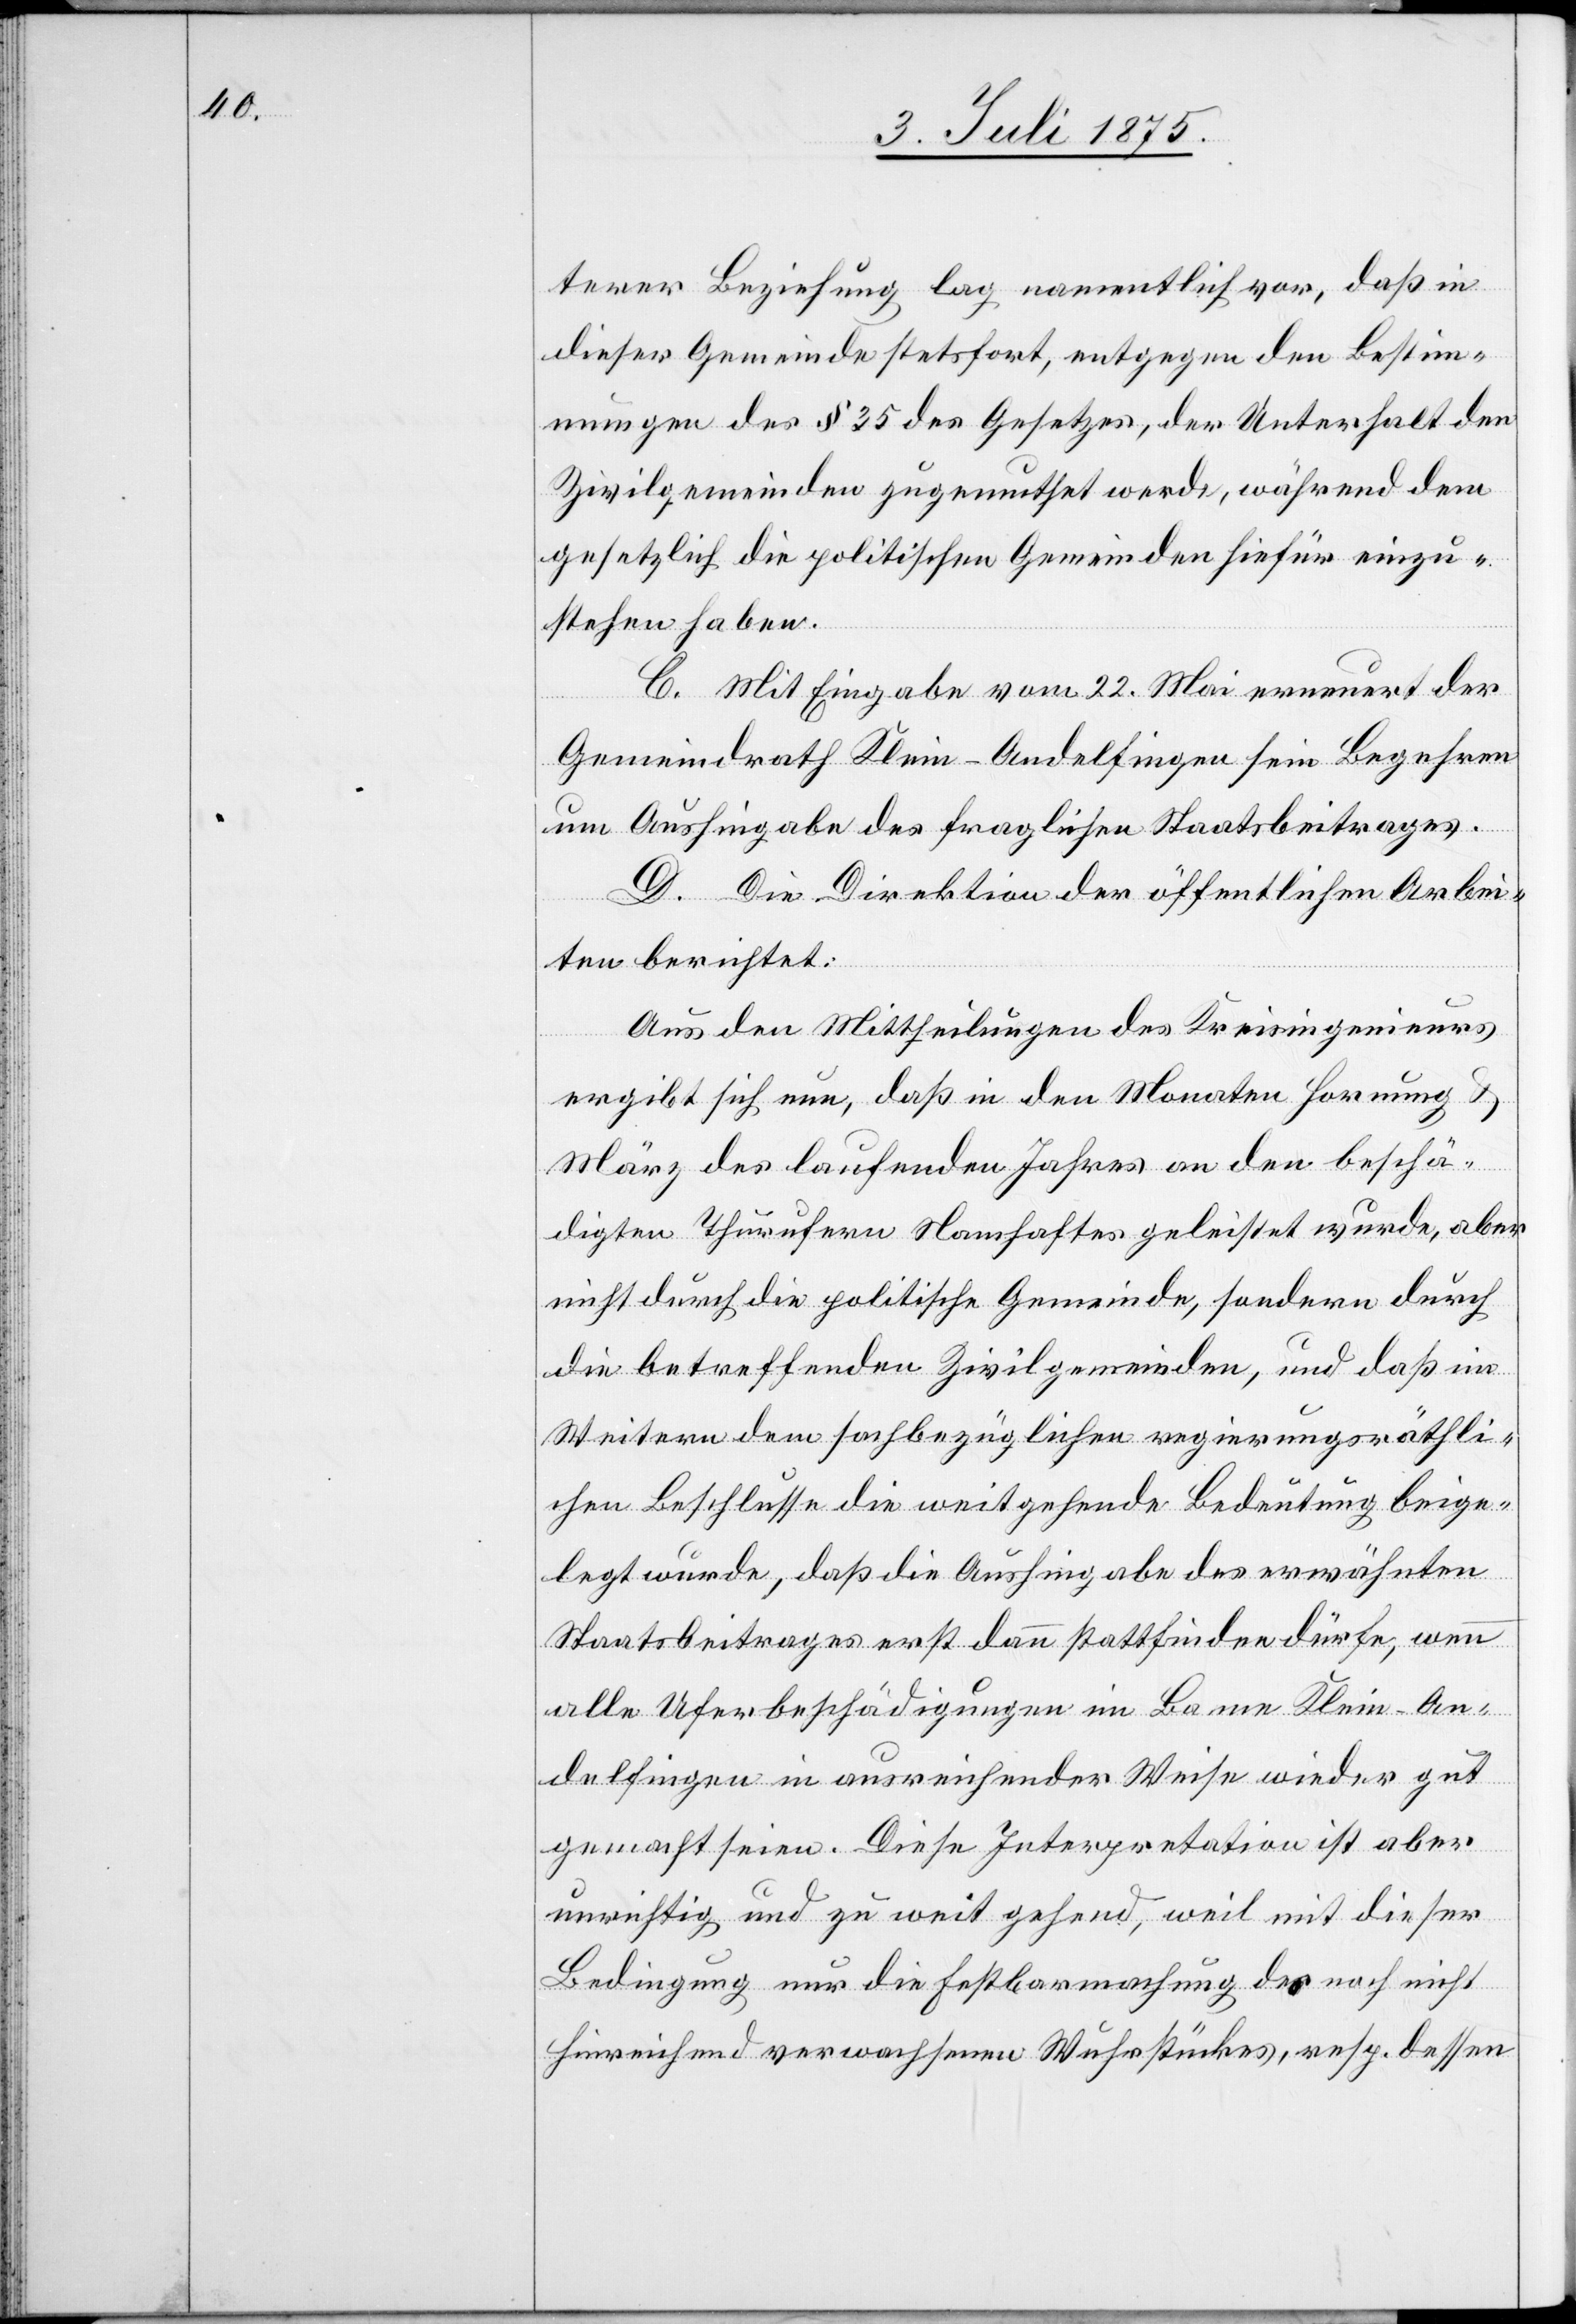
terer Beziehung lag namentlich vor, daß in
dieser Gemeinde stetsfort, entgegen den Bestim¬
mungen des § 35 des Gesetzes, der Unterhalt den
Zivilgemeinden zugemuthet werde, während dem
gesetzlich die politischen Gemeinden hiefür einzu¬
stehen haben.
C. Mit Eingabe vom 22. Mai erneuert der
Gemeindrath Klein-Andelfingen sein Begehren
um Aushingabe des fraglichen Staatsbeitrages.
D. Die Direktion der öffentlichen Arbei¬
ten berichtet:
Aus den Mittheilungen des Kreisingenieurs
ergibt sich nun, daß in den Monaten Hornung &
März des laufenden Jahres an den beschä¬
digten Thurufern Namhaftes geleistet wurde, aber
nicht durch die politische Gemeinde, sondern durch
die betreffenden Zivilgemeinden, und daß im
Weitern dem sachbezüglichen regierungsräthli¬
chen Beschlusse die weitgehende Bedeutung beige¬
legt wurde, daß die Aushingabe des erwähnten
Staatsbeitrages erst dann stattfinden dürfe, wenn
alle Uferbeschädigungen im Banne Klein-An¬
delfingen in ausreichender Weise wieder gut
gemacht seien. Diese Interpretation ist aber
unrichtig und zu weit gehend, weil mit dieser
Bedingung nur die Festbarmachung des noch nicht
hinreichend verwachsenen Wuhrstückes, resp. dessen